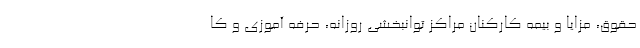
حقوق، مزایا و بیمه کارکنان مراکز توانبخشی روزانه، حرفه آموزی و کا